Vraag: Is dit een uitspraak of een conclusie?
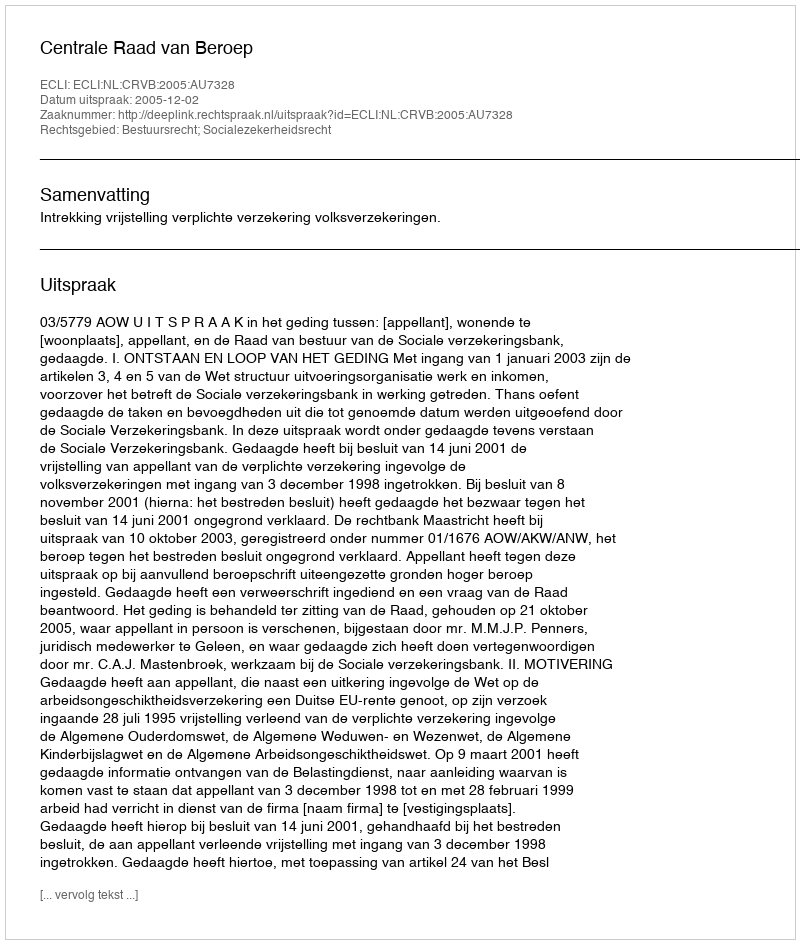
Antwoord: Uitspraak